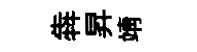
犇昇靖